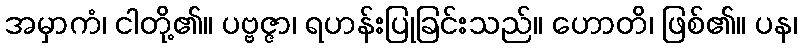
အမှာကံ၊ ငါတို့၏။ ပဗ္ဗဇ္ဇာ၊ ရဟန်းပြုခြင်းသည်။ ဟောတိ၊ ဖြစ်၏။ ပန၊